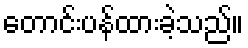
တောင်းပန်ထားခဲ့သည်။